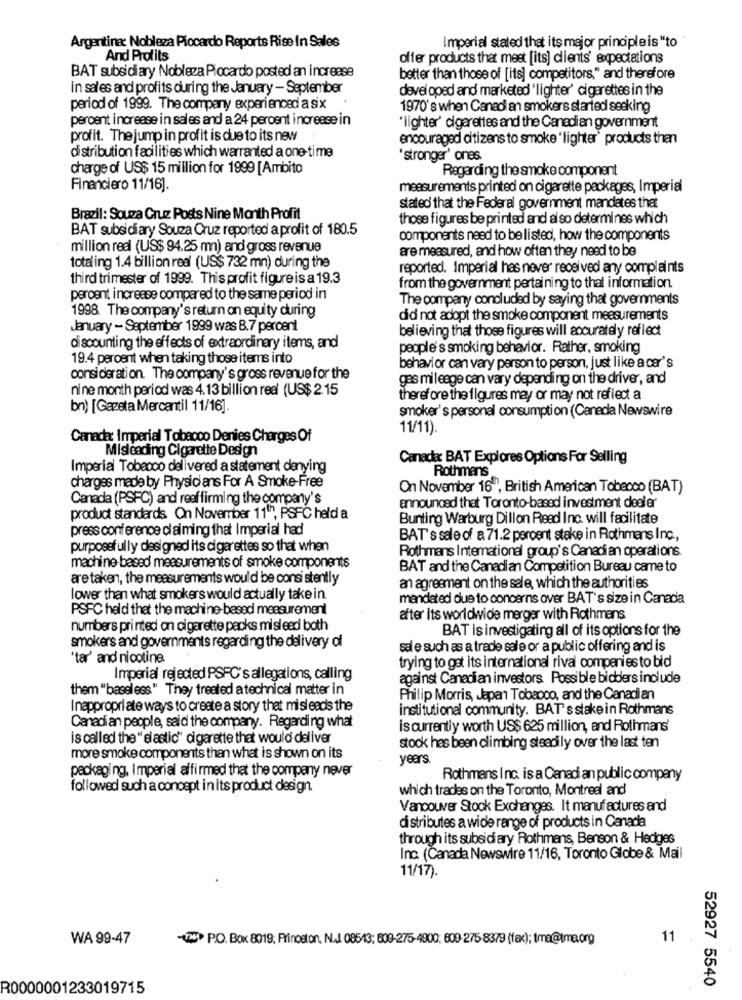
Argentina: Nobleza Piccardo Reports Rise In Sales
Imperial stated that its major principleis "to
And Profits
offer products that meet [its] clients' expectations
BAT subsidiary Nobleza Piocardo posted an increase
better than those of [its] competitors," and therefore
in sales and profits during the January - September
developed and marketed "lighter' cigarettes in the
period of 1999. The company experienced a six
1970's when Canadian smokers started seeking
percent increase in sales and a 24 percent increase in
"lighter' cigarettes and the Canadian government
profit. The jump in profit is due to its new
encouraged citizens to smoke ' lighter' products then
distribution facilities which warranted a one-time
'stronger' ones
charge of US$ 15 million for 1999 [Ambito
Regarding the smoke component
Financiero 11/16].
measurements printed on cigarette packages, Imperial
stated that the Federal government mandates that
Brazil: Souza Cruz Posts Nine Month Profit
those figures be printed and al so determines which
BAT subsidiary Souza Cruz reported a profit of 180.5
components need to be listed, how the components
million real (US$ 94.25 mn) and gross revenue
are measured, and how often they need to be
totaling 1.4 billion real (US$ 732 mn) during the
reported. Imperial has never received any complaints
third trimester of 1999. This profit figureis a 19.3
from the government pertaining to thal information.
peroent increase compared to the same period in
The company concluded by saying that governments
1998. The company's return on equity during
did not adopt the smoke component measurements
January - September 1999 was B.7 percent
believing that those figures will accurately reflect
discounting the effects of extraordinary items, and
people's smoking behavior. Rather, smoking
19.4 percent when taking those items into
behavior can vary person to person, just like a car's
consideration. The company's gross revenue for the
gas mileage can vary depending on the driver, and
nine month period was 4.13 billion real (US$ 2.15
therefore the figures may or may not reflect a
bn) [Gazeta Mercantil 11/16]
smoker's personal consumption (Caneda Newswire
11/11).
Canada: Imperial Tobacco Denies Charges Of
Misleading Cigarette Design
Canada BAT Explores Options For Selling
Imperial Tobacco delivered a statement denying
Rothmans
charges made by Physicians For A Smoke-Free
On November 16, British American Tobacco (BAT)
Canada (PSPC) and reaffirming the company's
announced that Toronto-based investment dealer
product standards On November 11"", PSFC held a
Bunting Warburg Dillon Read Inc. will facilitate
press conference claiming that Imperial had
BAT's sale of a 71.2 percent stake in Rothmans Inc .,
purposefully designed its cigarettes so that when
Rothmans International group's Canadi an operations.
machine-based measurements of smoke components
BAT and the Canadian Competition Bureau came to
are taken, the measurements would be consistently
an agreement on the sale, which the authorities
lower than what smokers would actually take in.
mandated due to concerns over BAT's size in Canada
PSPC held that the machine-based measurement
after its worldwide merger with Rothmans
numbers printed on cigarette packs mislead both
BAT is investigating all of its options for the
smokers and governments regarding the delivery of
sal e such as a trade sale or a public offering and is
'tar' and nicotine
trying to get its international rival companies to bid
Imperial rejected PSFC's allegations, calling
against Canadian investors Possible bidders include
them "baseless" They treated atechnical matter in
Philip Morris, Japan Tobacco, and the Canadian
Inappropriate ways to create a story that misleads the
institutional community. BAT' s stake in Rothmans
Canadian people, said the company. Regarding what
is currently worth US$ 625 million, and Rothmans'
is called the " elastic" cigarette that would deliver
stock hes been climbing steadily over the last ten
more smoke components than what is shown on its
years.
packaging, Imperial affirmed that the company never
Rothmans Inc. is a Canadi an public company
followed such a concept in its product design.
which trades on the Toronto, Montreal and
Vancouver Stock Exchanges. It manufactures and
distributes a wide range of products in Canada
through its subsidi ary Rothmans, Benson & Hedges
Inc. (Canada Newswire 11/16, Toronto Globe & Mail
11/17).
WA 99-47
-(7) PO. Box 8019; Prinoston, NAJ 08513; 609-275-4900, 609-275-8379 (fax); tma@tma.org
11
52927 5540
R0000001233019715